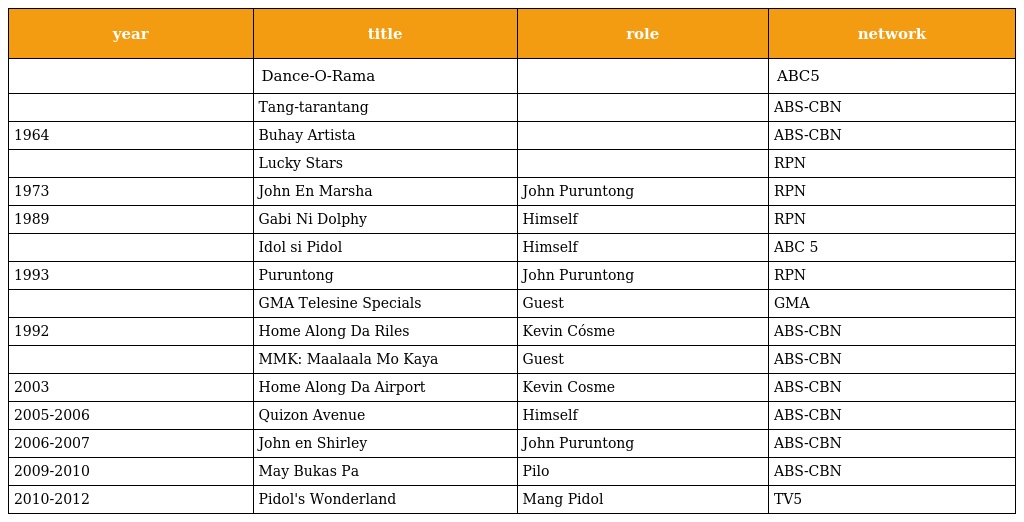
| year | title | role | network |
 | --- | --- | --- | --- |
 |  | Dance-O-Rama |  | ABC5 |
 |  | Tang-tarantang |  | ABS-CBN |
 | 1964 | Buhay Artista |  | ABS-CBN |
 |  | Lucky Stars |  | RPN |
 | 1973 | John En Marsha | John Puruntong | RPN |
 | 1989 | Gabi Ni Dolphy | Himself | RPN |
 |  | Idol si Pidol | Himself | ABC 5 |
 | 1993 | Puruntong | John Puruntong | RPN |
 |  | GMA Telesine Specials | Guest | GMA |
 | 1992 | Home Along Da Riles | Kevin Cósme | ABS-CBN |
 |  | MMK: Maalaala Mo Kaya | Guest | ABS-CBN |
 | 2003 | Home Along Da Airport | Kevin Cosme | ABS-CBN |
 | 2005-2006 | Quizon Avenue | Himself | ABS-CBN |
 | 2006-2007 | John en Shirley | John Puruntong | ABS-CBN |
 | 2009-2010 | May Bukas Pa | Pilo | ABS-CBN |
 | 2010-2012 | Pidol's Wonderland | Mang Pidol | TV5 |